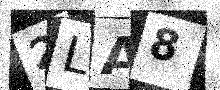
Text: 2LA8